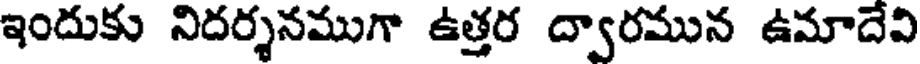
ఇందుకు నిదర్శనముగా ఉత్తర ద్వారమున ఉమాదేవి